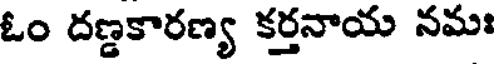
ఓం దణ్డకారణ్య కర్తనాయ నమః